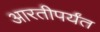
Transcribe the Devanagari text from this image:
आरतीपर्यंत